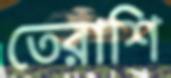
তেরাশি